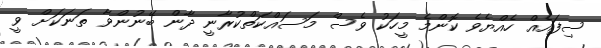
ސިފައެއް ހެއްޔެވެ ކޮންމެ މީހަކު ވެސް މަސައްކަތްކުރާނީ ދާން ބޭނުންވާ ތަނަކަށް ވީ